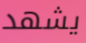
يشهد